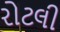
રોટલી